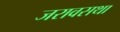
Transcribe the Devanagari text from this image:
जरावसथा